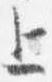
上